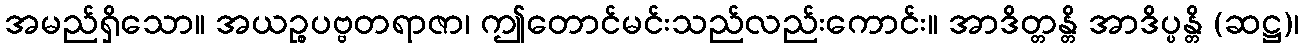
အမည်ရှိသော။ အယဉ္စပဗ္ဗတရာဇာ၊ ဤတောင်မင်းသည်လည်းကောင်း။ အာဒိတ္တန္တိ အာဒိပ္ပန္တိ (ဆဋ္ဌ)၊